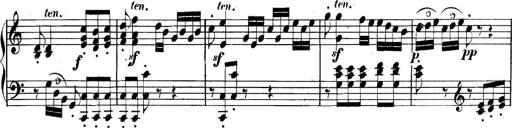
Title: Collected Piano Sonatas
Composer: Muzio Clementi